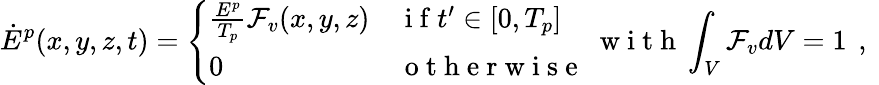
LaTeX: \dot{E}^{p}(x,y,z,t)=\left\{ \begin{array}{ll}{\frac{E^{p}}{T_{p}}\mathcal{F}_{v}(x,y,z)}&{\mathrm{~i~f~}t^{\prime}\in\left[0,T_{p}\right]}\\ {0}&{\mathrm{~o~t~h~e~r~w~i~s~e~}}\end{array}\right.\; \mathrm{~w~i~t~h~}\int_{V}\mathcal{F}_{v}dV=1\, \mathrm{~,~}